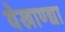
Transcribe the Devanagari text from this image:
येखाण्द्या